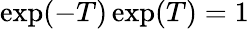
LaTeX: \exp(-T)\exp(T)=1